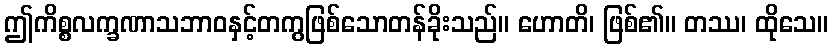
ဤကိစ္စလက္ခဏာသဘာဝနှင့်တကွဖြစ်သောတန်ခိုးသည်။ ဟောတိ၊ ဖြစ်၏။ တဿ၊ ထိုသေ။